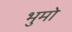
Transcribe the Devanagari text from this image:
भुमो